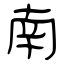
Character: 南